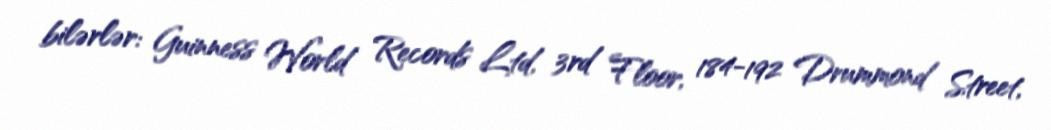
bilərlər: Guinness World Records Ltd, 3rd Floor, 184-192 Drummond Street,